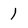
Character: 1